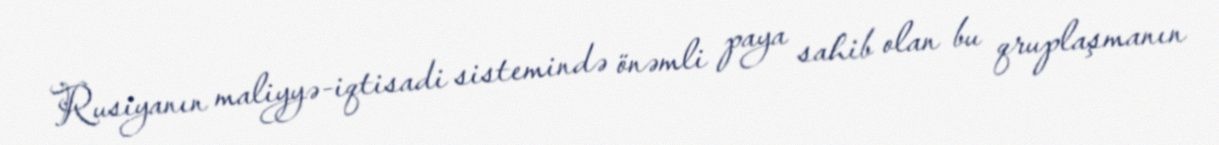
Rusiyanın maliyyə-iqtisadi sistemində önəmli paya sahib olan bu qruplaşmanın